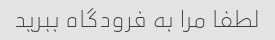
لطفا مرا به فرودگاه ببرید